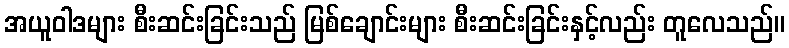
အယူဝါဒများ စီးဆင်းခြင်းသည် မြစ်ချောင်းများ စီးဆင်းခြင်းနှင့်လည်း တူလေသည်။